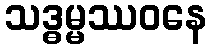
သဒ္ဓမ္မဿဝနေ